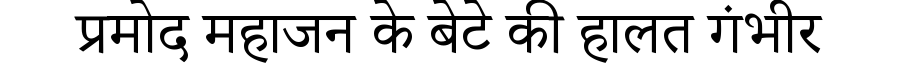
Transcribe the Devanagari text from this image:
प्रमोद महाजन के बेटे की हालत गंभीर